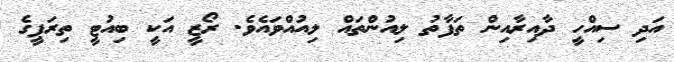
އަދި ސިއްހީ ދާއިރާއިން ތަފާތު ލިއުންތައް ލިއުއްވައެވެ. ރޯޒީ އަކީ ބިއުޓީ ތިރަޕީގެ